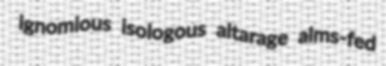
ignomious isologous altarage alms-fed